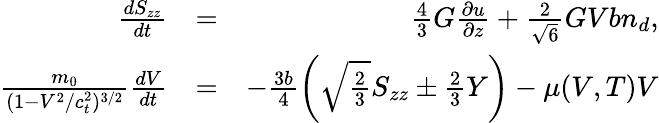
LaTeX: \begin{array}{rlr}{\frac{dS_{zz}}{dt}}&{=}&{\frac{4}{3}G\frac{\partial u}{\partial z}+\frac{2}{\sqrt{6}}GVbn_{d},}\\ {\frac{m_{0}}{(1-V^{2}/c_{t}^{2})^{3/2}}\frac{dV}{dt}}&{=}&{-\frac{3b}{4}\left(\sqrt{\frac{2}{3}}S_{zz}\pm\frac{2}{3}Y\right)-\mu(V,T)V}\end{array}